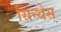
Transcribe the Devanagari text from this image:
सिन्थेस